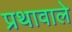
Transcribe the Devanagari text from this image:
प्रथावाले